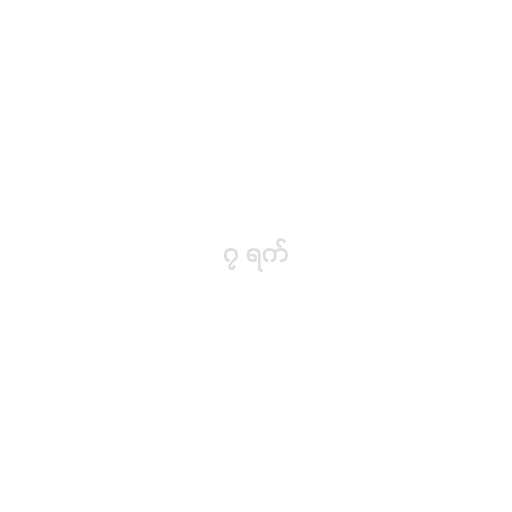
၇ ရက်